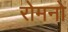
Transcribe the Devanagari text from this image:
रोमनो